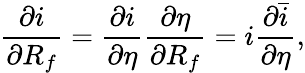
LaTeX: \frac{\partial i}{\partial R_{f}}=\frac{\partial i}{\partial\eta}\frac{\partial\eta}{\partial R_{f}}=i\frac{\partial\bar{i}}{\partial\eta},